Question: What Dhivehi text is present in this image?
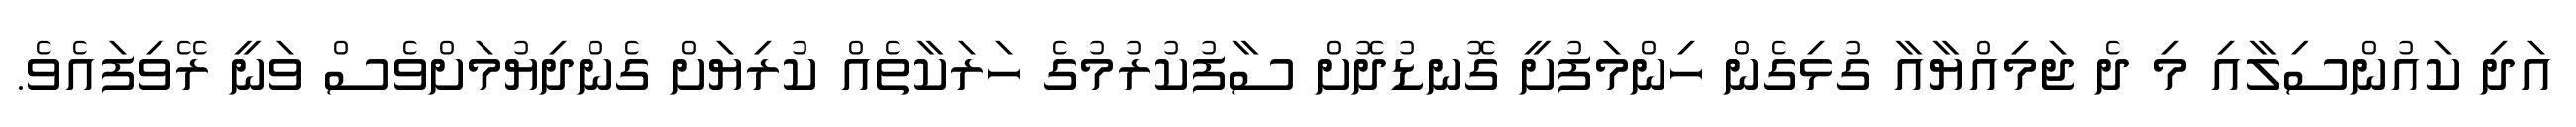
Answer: އަދި ކައުންސިލާއި މި ދެ ޖަމިއްޔާއާ ގުޅިގެން ހިންމަފުށީ ގޮނޑުދޮށް ސާފުކުރުމުގެ ހަރަކާތެއް ކުރިޔަށް ގެންދިޔުމަށްވެސް ވަނީ ރޭވިފައެވެ.